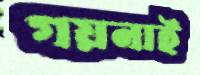
গয়নাই